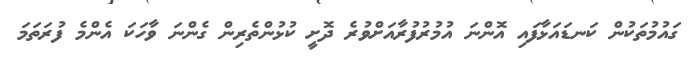
ގައުމުތަކުން ކަނޑައަޅާފައި އޮންނަ އުމުރުފުރާއަށްވުރެ ދޮށީ ކުޅުންތެރިން ގެންނަ ވާހަކަ އެންމެ ފުރަތަމަ